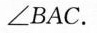
∠BAC。